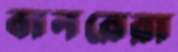
বানরেরা